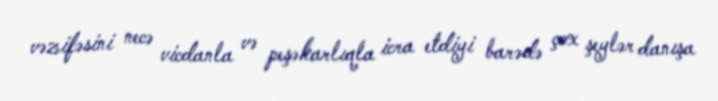
vəzifəsini necə vicdanla və peşəkarlıqla icra etdiyi barədə çox şeylər danışa